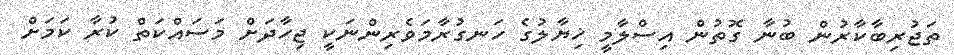
ތަޖުރިބާކާރުން ބުނާ ގޮތުން އިސްލާމީ ޚިޔާލުގެ ހަނގުރާމަވެރިންނަކީ ޖިހާދަށް މަސައްކަތް ކުރާ ކަމަށް